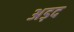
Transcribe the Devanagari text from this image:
अड़द